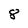
Character: 8